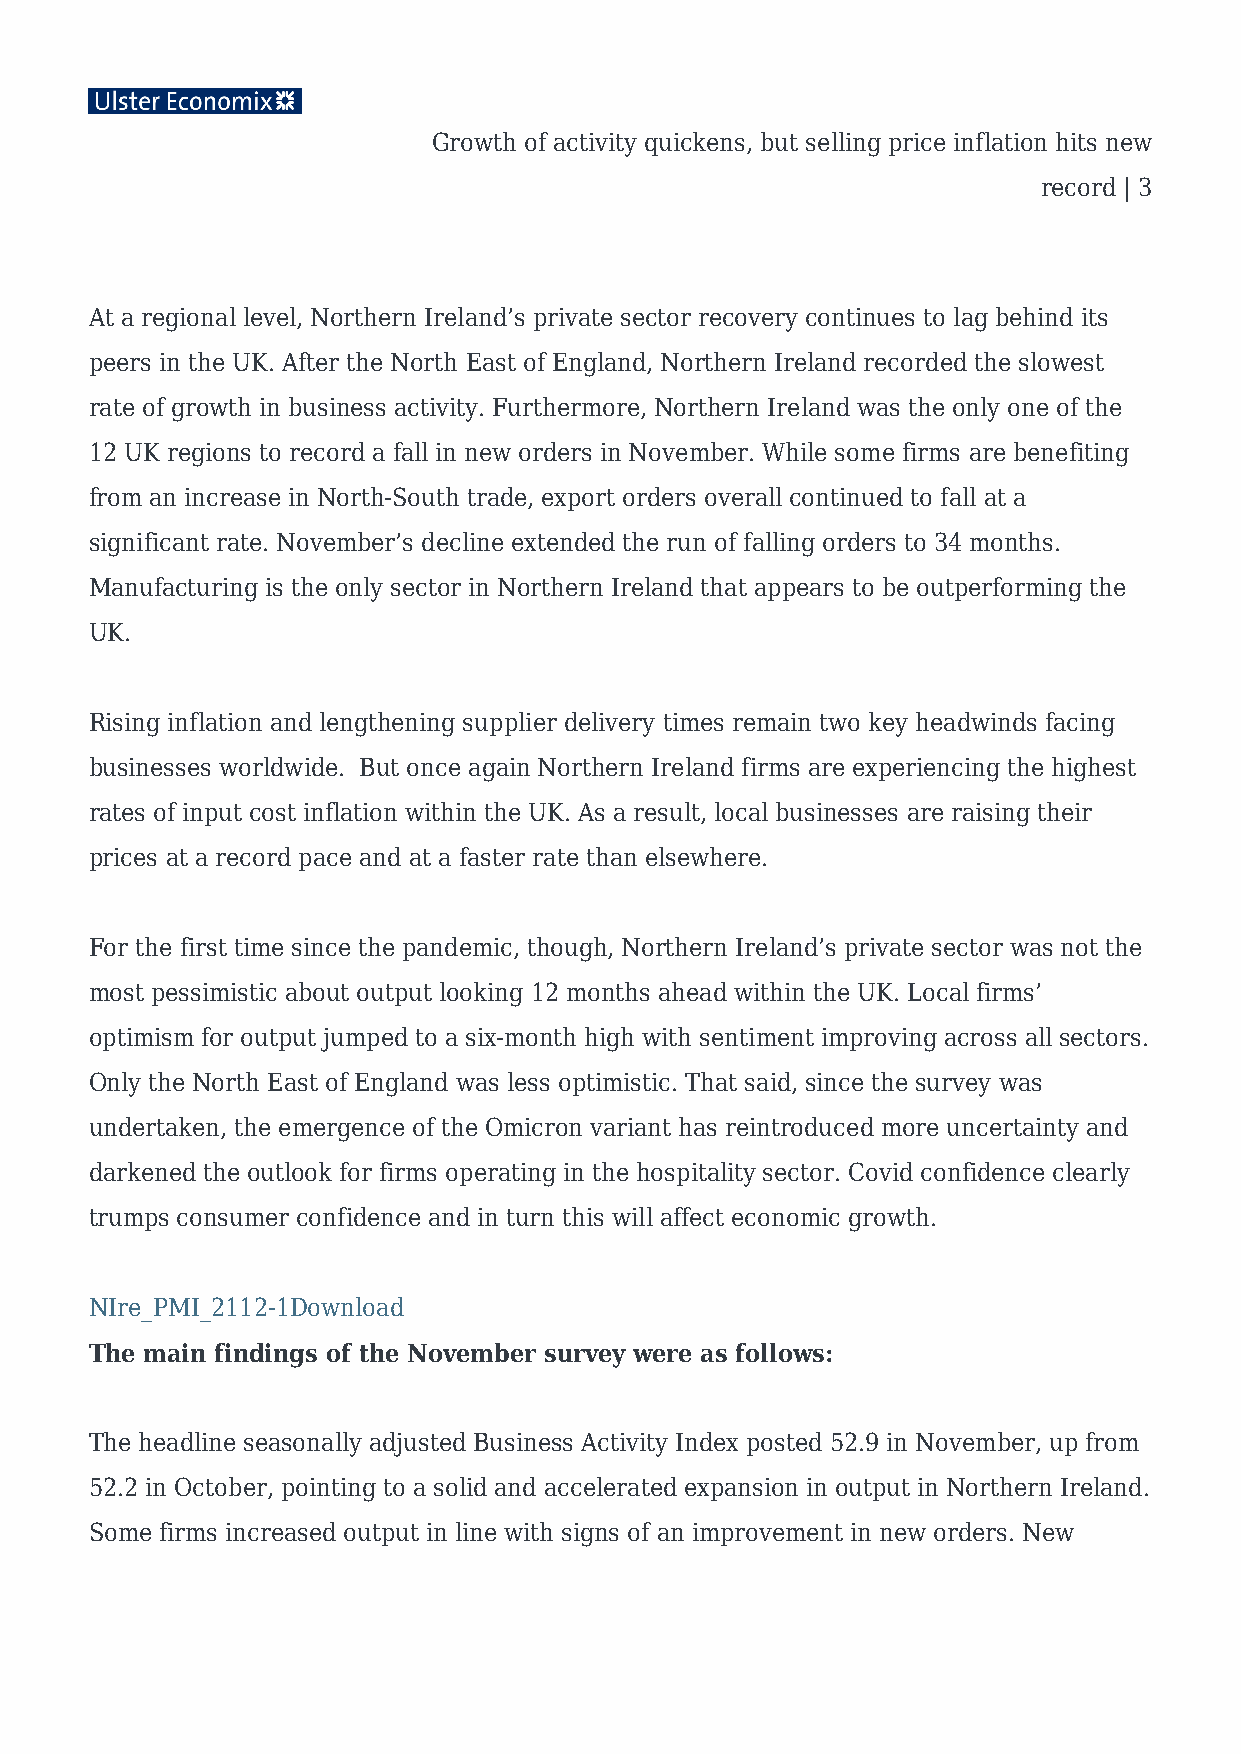
Growth of activity quickens, but selling price inflation hits new
 record | 3
 At a regional level, Northern Ireland’s private sector recovery continues to lag behind its
 peers in the UK. After the North East of England, Northern Ireland recorded the slowest
 rate of growth in business activity. Furthermore, Northern Ireland was the only one of the
 12 UK regions to record a fall in new orders in November. While some firms are benefiting
 from an increase in North-South trade, export orders overall continued to fall at a
 significant rate. November’s decline extended the run of falling orders to 34 months.
 Manufacturing is the only sector in Northern Ireland that appears to be outperforming the
 UK.
 Rising inflation and lengthening supplier delivery times remain two key headwinds facing
 businesses worldwide. But once again Northern Ireland firms are experiencing the highest
 rates of input cost inflation within the UK. As a result, local businesses are raising their
 prices at a record pace and at a faster rate than elsewhere.
 For the first time since the pandemic, though, Northern Ireland’s private sector was not the
 most pessimistic about output looking 12 months ahead within the UK. Local firms’
 optimism for output jumped to a six-month high with sentiment improving across all sectors.
 Only the North East of England was less optimistic. That said, since the survey was
 undertaken, the emergence of the Omicron variant has reintroduced more uncertainty and
 darkened the outlook for firms operating in the hospitality sector. Covid confidence clearly
 trumps consumer confidence and in turn this will affect economic growth.
 NIre_PMI_2112-1Download
 The main findings of the November survey were as follows:
 The headline seasonally adjusted Business Activity Index posted 52.9 in November, up from
 52.2 in October, pointing to a solid and accelerated expansion in output in Northern Ireland.
 Some firms increased output in line with signs of an improvement in new orders. New